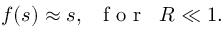
f ( s ) \approx s , \; \; \mathrm { ~ f ~ o ~ r ~ } \; \; R \ll 1 .